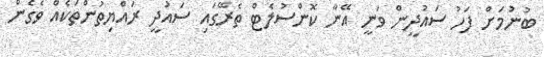
ބުނުމަށް ފަހު ސައުދީން ވަނީ އޭނާ ކޮންސުލެޓް ތެރޭގައި ސައުދީ ރައްޔިތުންތަކެއް ވެގެން